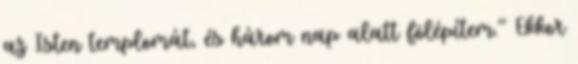
az Isten templomát, és három nap alatt fölépítem.'' Ekkor